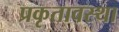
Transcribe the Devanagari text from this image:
प्रकृतावस्था